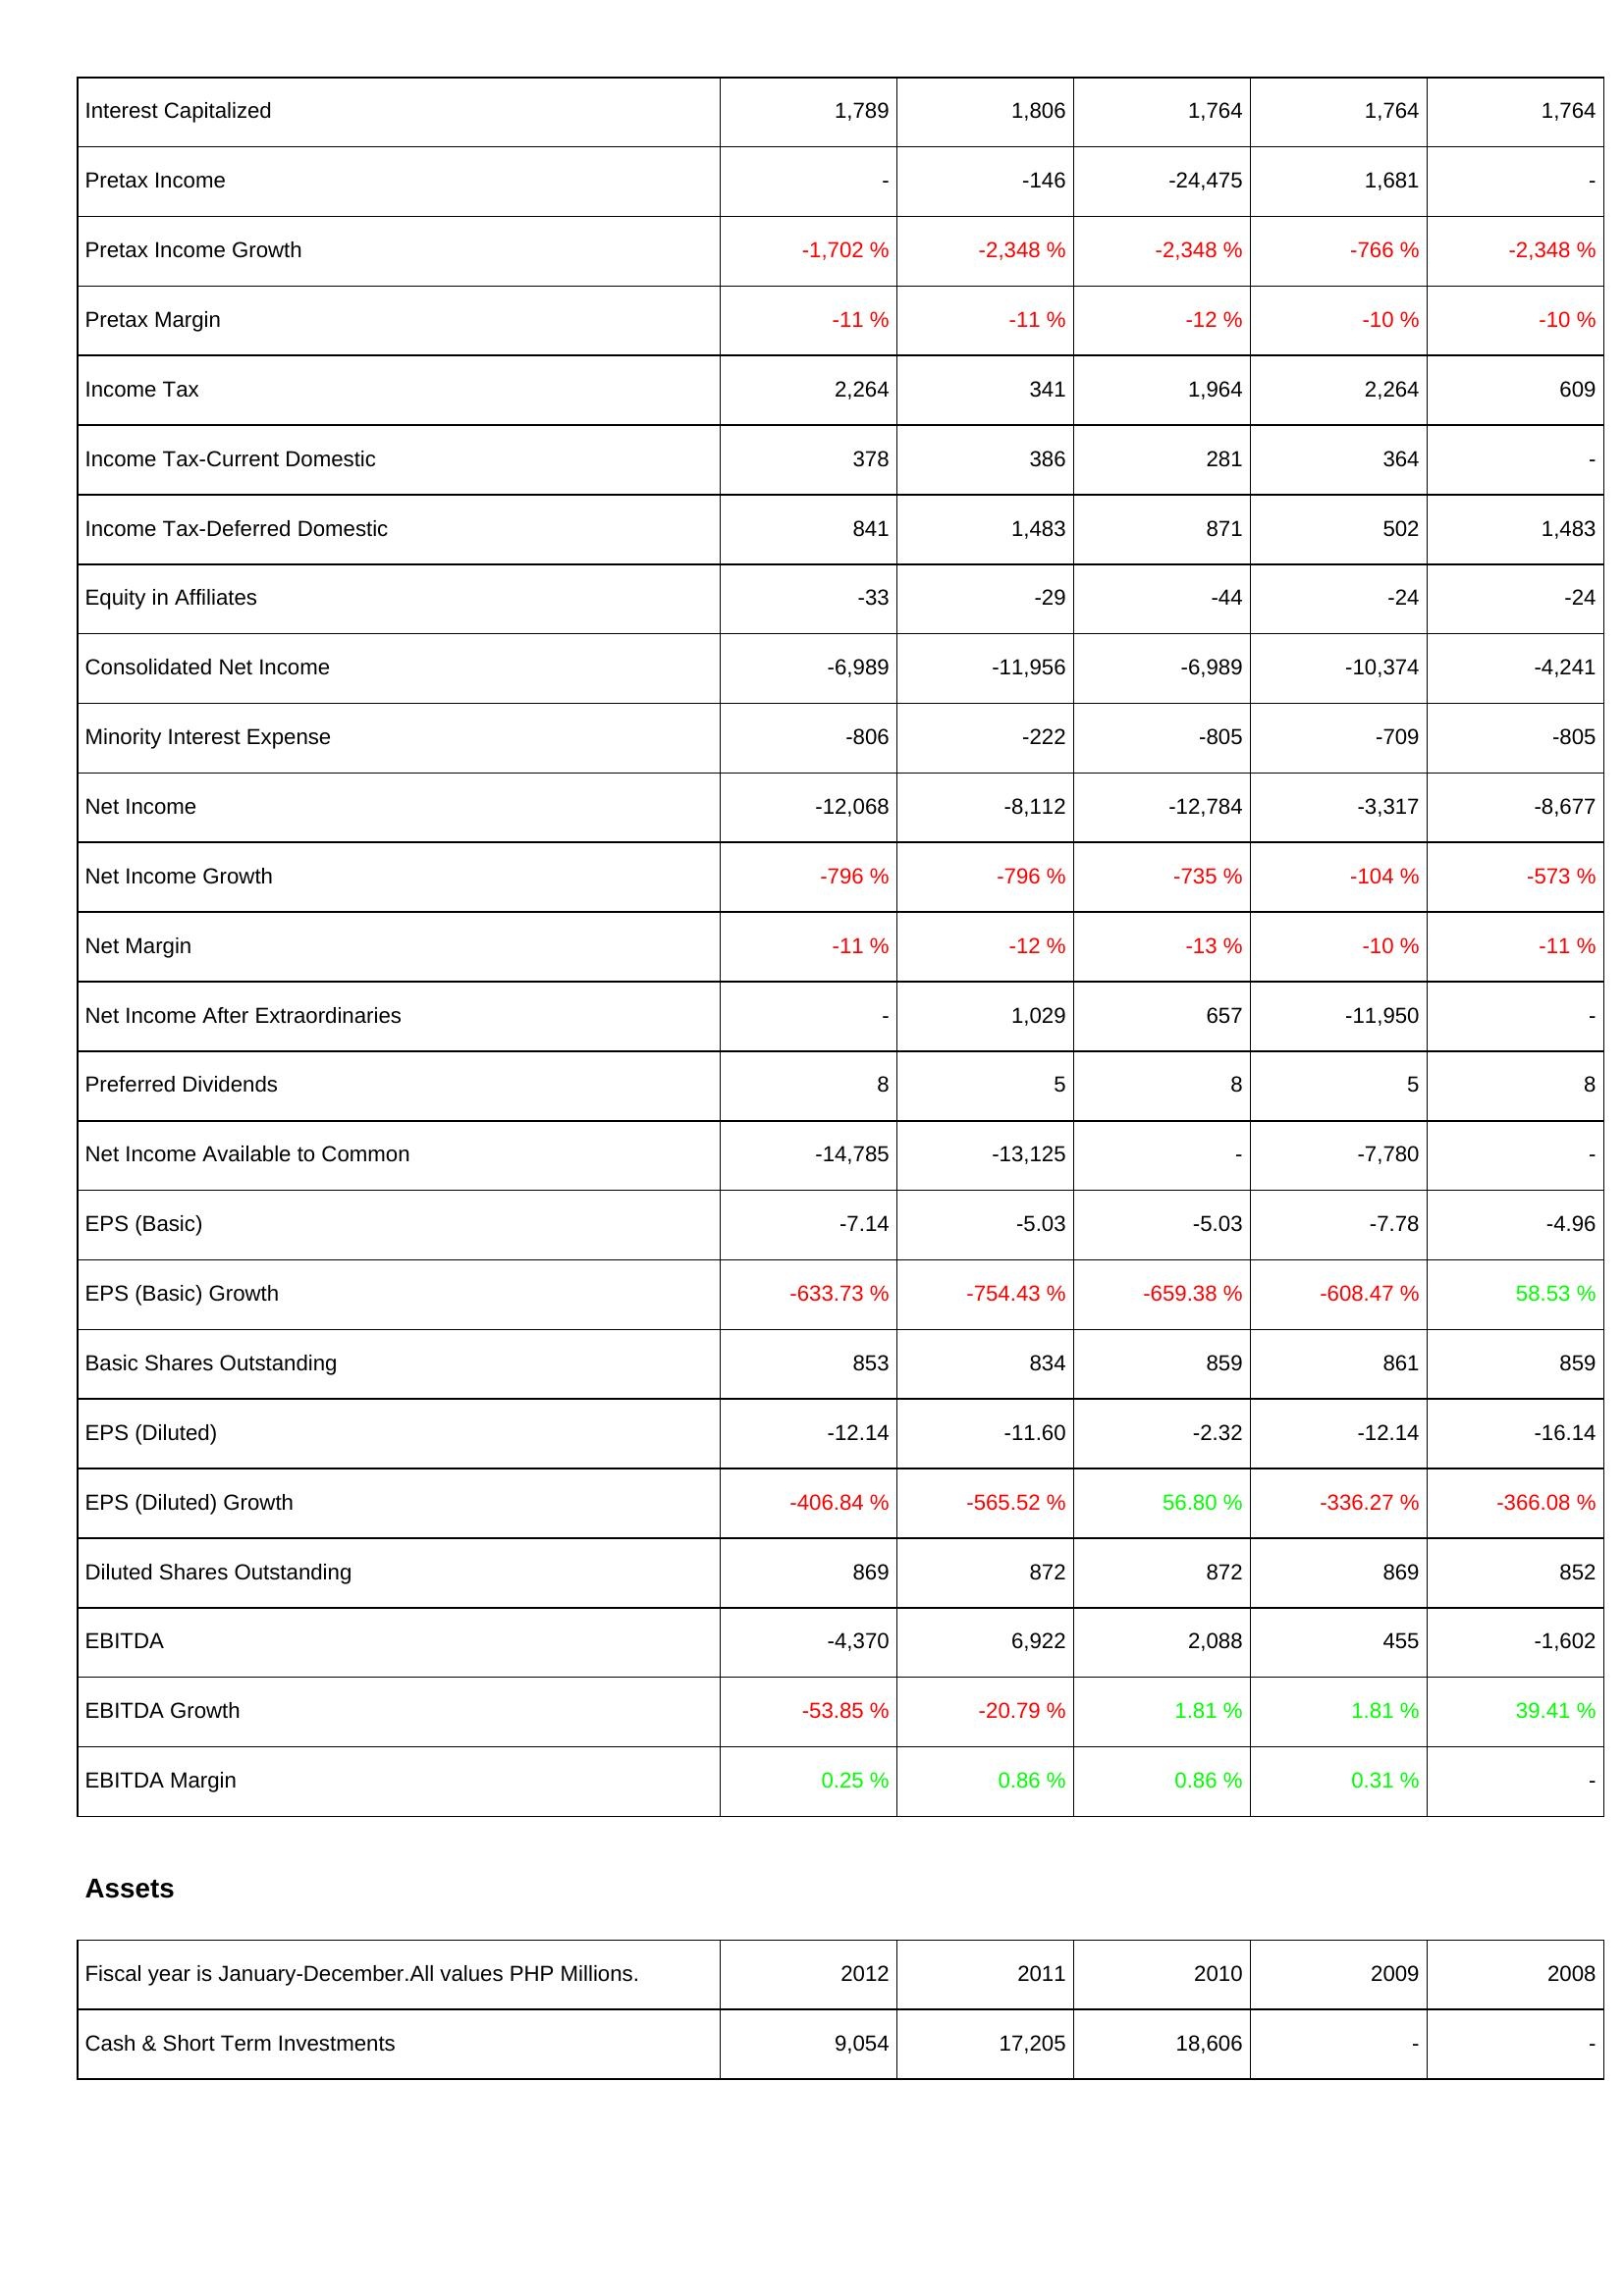
2012: Income Statement: Interest Capitalized: 1,789
Pretax Income: -
Pretax Income Growth: -1,702 %
Pretax Margin: -11 %
Income Tax: 2,264
Income Tax-Current Domestic: 378
Income Tax-Deferred Domestic: 841
Equity in Affiliates: -33
Consolidated Net Income: -6,989
Minority Interest Expense: -806
Net Income: -12,068
Net Income Growth: -796 %
Net Margin: -11 %
Net Income After Extraordinaries: -
Preferred Dividends: 8
Net Income Available to Common: -14,785
EPS (Basic): -7.14
EPS (Basic) Growth: -633.73 %
Basic Shares Outstanding: 853
EPS (Diluted): -12.14
EPS (Diluted) Growth: -406.84 %
Diluted Shares Outstanding: 869
EBITDA: -4,370
EBITDA Growth: -53.85 %
EBITDA Margin: 0.25 %
Assets: Cash & Short Term Investments: 9,054
2011: Income Statement: Interest Capitalized: 1,806
Pretax Income: -146
Pretax Income Growth: -2,348 %
Pretax Margin: -11 %
Income Tax: 341
Income Tax-Current Domestic: 386
Income Tax-Deferred Domestic: 1,483
Equity in Affiliates: -29
Consolidated Net Income: -11,956
Minority Interest Expense: -222
Net Income: -8,112
Net Income Growth: -796 %
Net Margin: -12 %
Net Income After Extraordinaries: 1,029
Preferred Dividends: 5
Net Income Available to Common: -13,125
EPS (Basic): -5.03
EPS (Basic) Growth: -754.43 %
Basic Shares Outstanding: 834
EPS (Diluted): -11.60
EPS (Diluted) Growth: -565.52 %
Diluted Shares Outstanding: 872
EBITDA: 6,922
EBITDA Growth: -20.79 %
EBITDA Margin: 0.86 %
Assets: Cash & Short Term Investments: 17,205
2010: Income Statement: Interest Capitalized: 1,764
Pretax Income: -24,475
Pretax Income Growth: -2,348 %
Pretax Margin: -12 %
Income Tax: 1,964
Income Tax-Current Domestic: 281
Income Tax-Deferred Domestic: 871
Equity in Affiliates: -44
Consolidated Net Income: -6,989
Minority Interest Expense: -805
Net Income: -12,784
Net Income Growth: -735 %
Net Margin: -13 %
Net Income After Extraordinaries: 657
Preferred Dividends: 8
Net Income Available to Common: -
EPS (Basic): -5.03
EPS (Basic) Growth: -659.38 %
Basic Shares Outstanding: 859
EPS (Diluted): -2.32
EPS (Diluted) Growth: 56.80 %
Diluted Shares Outstanding: 872
EBITDA: 2,088
EBITDA Growth: 1.81 %
EBITDA Margin: 0.86 %
Assets: Cash & Short Term Investments: 18,606
2009: Income Statement: Interest Capitalized: 1,764
Pretax Income: 1,681
Pretax Income Growth: -766 %
Pretax Margin: -10 %
Income Tax: 2,264
Income Tax-Current Domestic: 364
Income Tax-Deferred Domestic: 502
Equity in Affiliates: -24
Consolidated Net Income: -10,374
Minority Interest Expense: -709
Net Income: -3,317
Net Income Growth: -104 %
Net Margin: -10 %
Net Income After Extraordinaries: -11,950
Preferred Dividends: 5
Net Income Available to Common: -7,780
EPS (Basic): -7.78
EPS (Basic) Growth: -608.47 %
Basic Shares Outstanding: 861
EPS (Diluted): -12.14
EPS (Diluted) Growth: -336.27 %
Diluted Shares Outstanding: 869
EBITDA: 455
EBITDA Growth: 1.81 %
EBITDA Margin: 0.31 %
Assets: Cash & Short Term Investments: -
2008: Income Statement: Interest Capitalized: 1,764
Pretax Income: -
Pretax Income Growth: -2,348 %
Pretax Margin: -10 %
Income Tax: 609
Income Tax-Current Domestic: -
Income Tax-Deferred Domestic: 1,483
Equity in Affiliates: -24
Consolidated Net Income: -4,241
Minority Interest Expense: -805
Net Income: -8,677
Net Income Growth: -573 %
Net Margin: -11 %
Net Income After Extraordinaries: -
Preferred Dividends: 8
Net Income Available to Common: -
EPS (Basic): -4.96
EPS (Basic) Growth: 58.53 %
Basic Shares Outstanding: 859
EPS (Diluted): -16.14
EPS (Diluted) Growth: -366.08 %
Diluted Shares Outstanding: 852
EBITDA: -1,602
EBITDA Growth: 39.41 %
EBITDA Margin: -
Assets: Cash & Short Term Investments: -